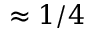
\approx 1 / 4